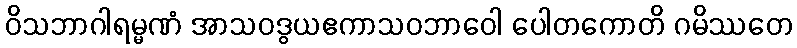
ဝိသဘာဂါရမ္မဏံ အာသဝဒွယဧကာသဝဘာဝေါ ပေါတကောတိ ဂမိဿတေ